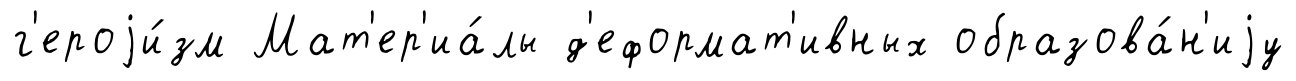
г'ероjи́зм Мат'ер'иа́лы д'еформат'ивных образова́н'иjу